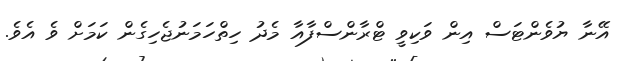
އޭނާ ޔުވެންޓަސް އިން ވަކިވީ ޓްރާންސްފާއާ މެދު ހިތްހަމަނުޖެހިގެން ކަމަށް ވެ އެވެ.